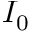
I _ { 0 }